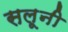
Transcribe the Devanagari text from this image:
सलूनी